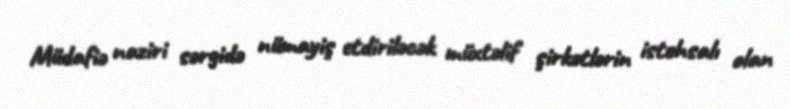
Müdafiə naziri sərgidə nümayiş etdiriləcək müxtəlif şirkətlərin istehsalı olan